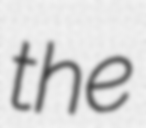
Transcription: the